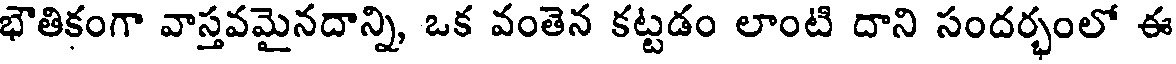
భౌతికంగా వాస్తవమైనదాన్ని, ఒక వంతెన కట్టడం లాంటి దాని సందర్భంలో ఈ